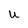
Character: U